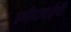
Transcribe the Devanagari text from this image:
हमीदाबाईची